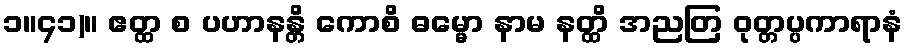
၁။၄၁)။ ဧတ္ထ စ ပဟာနန္တိ ကောစိ ဓမ္မော နာမ နတ္ထိ အညတြ ဝုတ္တပ္ပကာရာနံ